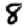
Digit: 8